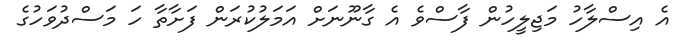
އެ އިސްލާހު މަޖިލީހުން ފާސްވެ އެ ގާނޫނަށް އަމަލުކުރަން ފަށާތާ ހަ މަސްދުވަހުގެ